Civil Veterinary Department. Madras. Admin. report 1926-33 - 1926-1933
Year: 1926
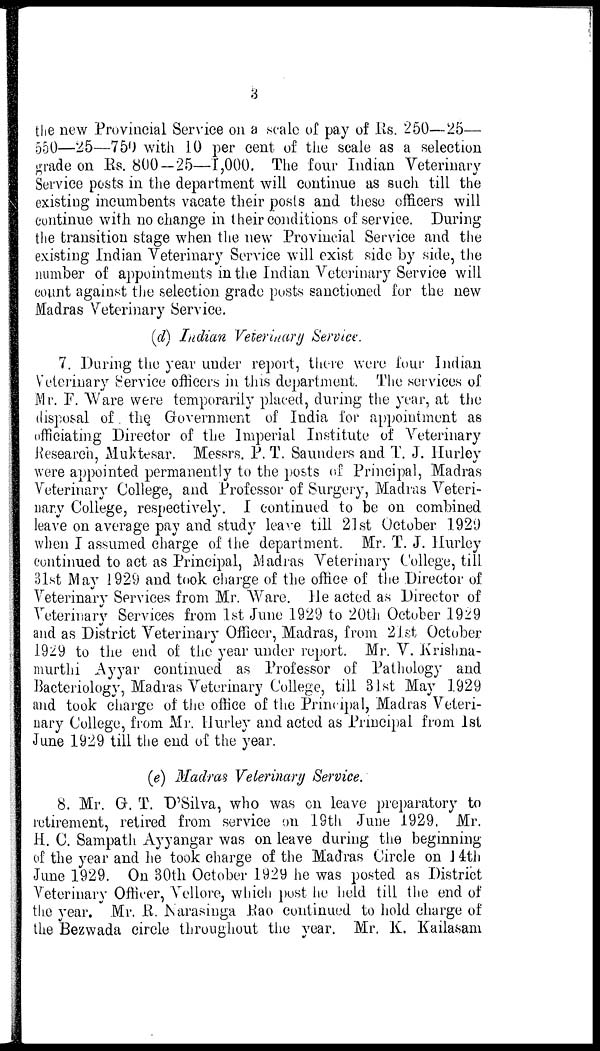
3
the new Provincial Service on a scale of pay of Rs. 250—25—
550—25—750 with 10 per cent of the scale as a selection
grade on Rs. 800—25—1,000. The four Indian Veterinary
Service posts in the department will continue as such till the
existing incumbents vacate their posts and these officers will
continue with no change in their conditions of service. During
the transition stage when the new Provincial Service and the
existing Indian Veterinary Service will exist side by side, the
number of appointments in the Indian Veterinary Service will
count against the selection grade posts sanctioned for the new
Madras Veterinary Service.
(d) Indian Veterinary Service.
7. During the year under report, there were four Indian
Veterinary Service officers in this department. The services of
Mr. F. Ware were temporarily placed, during the year, at the
disposal of the Government of India for appointment as
officiating Director of the Imperial Institute of Veterinary
Research, Muktesar. Messrs. P. T. Saunders and T. J. Hurley
were appointed permanently to the posts of Principal, Madras
Veterinary College, and Professor of Surgery, Madras Veteri-
nary College, respectively. I continued to be on combined
leave on average pay and study leave till 21st October 1929
when I assumed charge of the department. Mr. T. J. Hurley
continued to act as Principal, Madras Veterinary College, till
31st May 1929 and took charge of the office of the Director of
Veterinary Services from Mr. Ware. He acted as Director of
Veterinary Services from 1st June 1929 to 20th October 1929
and as District Veterinary Officer, Madras, from 21st October
1929 to the end of the year under report. Mr. V. Krishna-
murthi Ayyar continued as Professor of Pathology and
Bacteriology, Madras Veterinary College, till 31st May 1929
and took charge of the office of the Principal, Madras Veteri-
nary College, from Mr. Hurley and acted as Principal from 1st
June 1929 till the end of the year.
(e) Madras Veterinary Service.
8. Mr. G. T. D'Silva, who was on leave preparatory to
retirement, retired from service on 19th June 1929. Mr.
H. C. Sampath Ayyangar was on leave during the beginning
of the year and he took charge of the Madras Circle on J 4th
June 1929. On 30th October 1929 he was posted as District
Veterinary Officer, Vellore, which post he held till the end of
the year. Mr. R. Narasinga Rao continued to hold charge of
the Bezwada circle throughout the year. Mr. K. Kailasam